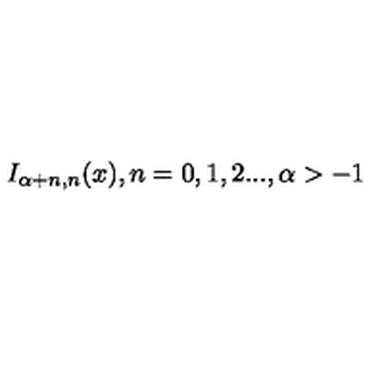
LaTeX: I _ { \alpha + n , n } ( x ) , n = 0 , 1 , 2 . . . , \alpha > - 1